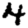
Digit: 4